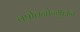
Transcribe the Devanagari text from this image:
वर्षावनोन्मूलन